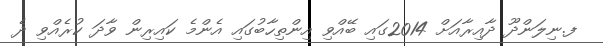
ފ.ނިލަންދޫ ދާއިރާއަށް 2014ގައި ބޭއްވި އިންތިހާބުގައި އެންމެ ކައިރިން ވާދަ ކުރެއްވި ދެ